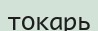
токарь